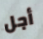
أجل